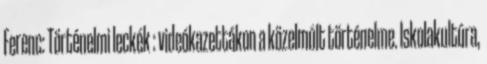
Ferenc: Történelmi leckék : videókazettákon a közelmúlt történelme. Iskolakultúra,